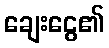
ချေးငွေ၏